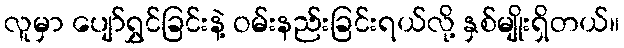
လူမှာ ပျော်ရွှင်ခြင်းနဲ့ ဝမ်းနည်းခြင်းရယ်လို့ နှစ်မျိုးရှိတယ်။